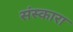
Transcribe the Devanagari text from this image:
संस्कारा